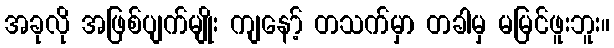
အခုလို အဖြစ်ပျက်မျိုး ကျနော့် တသက်မှာ တခါမှ မမြင်ဖူးဘူး။